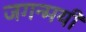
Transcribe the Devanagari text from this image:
जगन्मयी